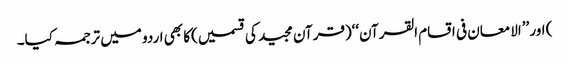
) اور ’’الامعان فی اقسام القرآن‘‘(قرآن مجید کی قسمیں)کا بھی اردو میں ترجمہ کیا۔